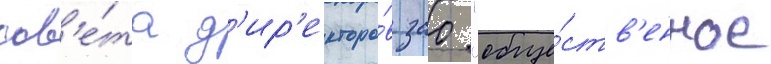
сов'е́та д'ир'екторо́в зао "обще́ств'енное